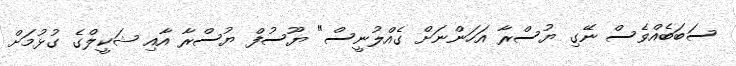
ސަބަބެއްވެސް ނޭގި ޔުސްރާ އަހަންނަށް ގެއްލުނީސް" ޔޫސުފް ޔުސްރާ އާއި ޝަކީލްގެ ގުޅުމަށް